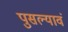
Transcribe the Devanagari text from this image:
पुसल्यावं